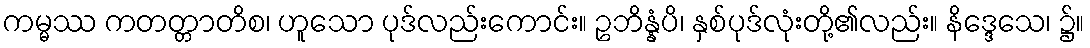
ကမ္မဿ ကတတ္တာတိစ၊ ဟူသော ပုဒ်လည်းကောင်း။ ဥဘိန္နံပိ၊ နှစ်ပုဒ်လုံးတို့၏လည်း။ နိဒ္ဒေသေ၊ ၌။